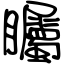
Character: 矚